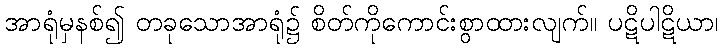
အာရုံမှနစ်၍ တခုသောအာရုံ၌ စိတ်ကိုကောင်းစွာထားလျက်။ ပဋိပါဋိယာ၊